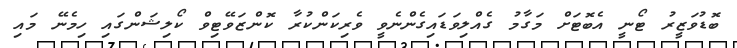
ބޮޑުވަޒީރު ޓޯނީ އެބޮޓަށް މަގާމު ގެއްލިވަޑައިގެންނެވީ ވެރިކަންކުރާ ކޮންޒަވޭޓިވް ކޯލިޝަންގައި ހިމެނޭ މައި